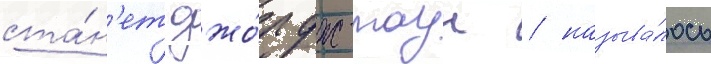
ста́н'ет джо́рдж-таун / называ́лось